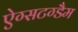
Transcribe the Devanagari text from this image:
ऐग्सटग्डैम